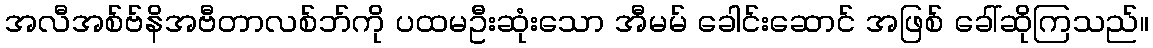
အလီအစ်ဗ်နိအဗီတာလစ်ဘ်ကို ပထမဦးဆုံးသော အီမမ် ခေါင်းဆောင် အဖြစ် ခေါ်ဆိုကြသည်။